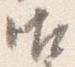
御